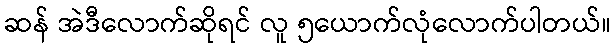
ဆန် အဲဒီလောက်ဆိုရင် လူ ၅ယောက်လုံလောက်ပါတယ်။